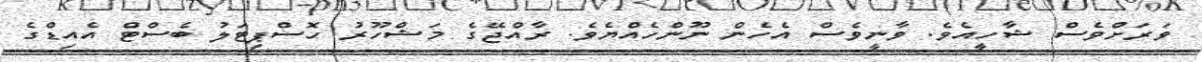
ވަރަށްވެސް ޝާހީއެވެ. ވާނީވެސް އެހެން ނޫންހެއްޔެވެ. ރާއްޖޭގެ މަޝްހޫރު ހޮސްޕިޓަލު ބެސްޓް އެއިޑްގެ